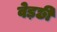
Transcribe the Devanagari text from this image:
वेड़छी